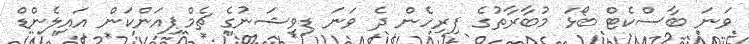
ވަނަ ބާސްކެޓް ބޯޅަ މުބާރާތުގެ ފިރިހެން ދެ ވަނަ ޑިވިޝަނުގެ ޗެމްޕިއަންކަން އައިލެންޑް